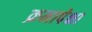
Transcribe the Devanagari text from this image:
क्रमापेक्षा